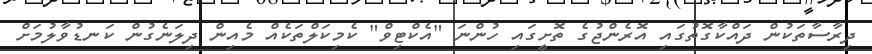
ދިރާސާތަކުން ދައްކާގޮތުގައި އޮރެންޖުގެ ތޮށީގައި ހުންނަ "އެކްޓިވް" ކެމިކަލްތަކެއް މެއިން ދިލަނެގުން ކަނޑުވާލުމަށް